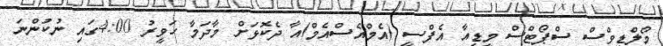
މޯލްޑިވްސް ސްޕޯޓްސް މީޑިއާ އެފްސީ (އެމްއެސްއެމް)އާ ދެކޮޅަށް މާދަމާ ހަވީރު 4:00ގައި ނުކުންނަ